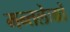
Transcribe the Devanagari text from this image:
मन्तलेःम्रों